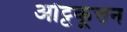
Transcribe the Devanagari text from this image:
ओट्टकूत्तन